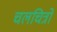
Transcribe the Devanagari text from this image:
चलचित्रो